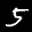
Label: 5